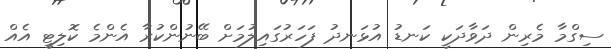
ސިގްމާ މެރިން ދަވާދަކީ ކަނޑު އުޅަނދު ފަހަރުގައިލުމަށް ބޭނުންކުރާ އެންމެ ކޮލިޓީ އެއް